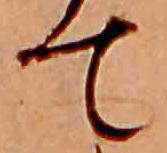
て